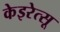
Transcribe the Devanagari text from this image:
केइरेत्सू